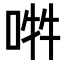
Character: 𠵮